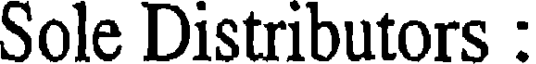
Sole Distributors :